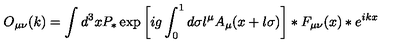
O _ { \mu \nu } ( k ) = \int d ^ { 3 } x P _ { * } \exp \left[ i g \int _ { 0 } ^ { 1 } d \sigma l ^ { \mu } A _ { \mu } ( x + l \sigma ) \right] \ast F _ { \mu \nu } ( x ) \ast e ^ { i k x }